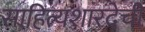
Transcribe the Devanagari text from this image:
साहित्यशारदेची